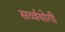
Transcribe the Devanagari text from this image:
सर्व्वयोगी